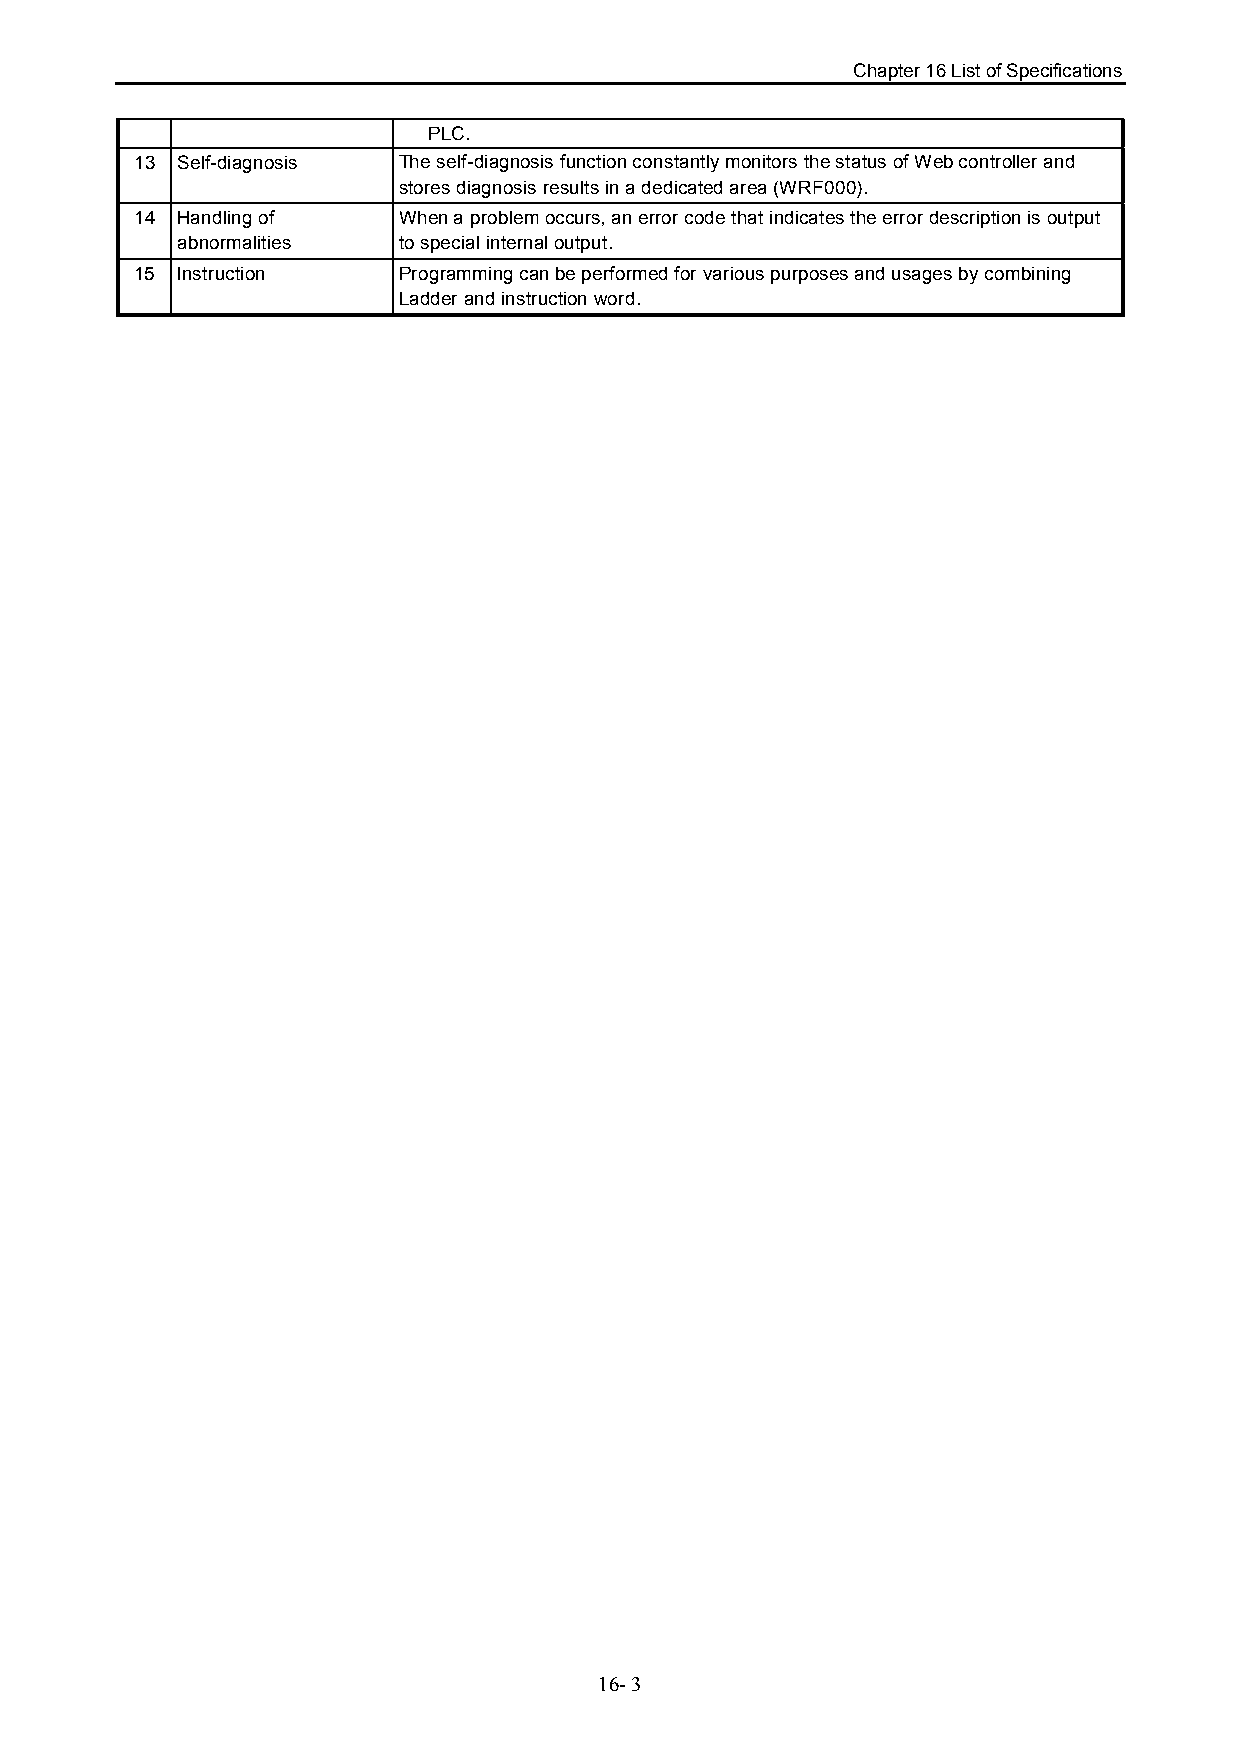
Chapter 16 List of Specifications
 PLC.
 13 Self-diagnosis The self-diagnosis function constantly monitors the status of Web controller and
 stores diagnosis results in a dedicated area (WRF000).
 14 Handling of   When a problem occurs, an error code that indicates the error description is output
 abnormalities to special internal output.
 15 Instruction   Programming can be performed for various purposes and usages by combining
 Ladder and instruction word.
 16- 3